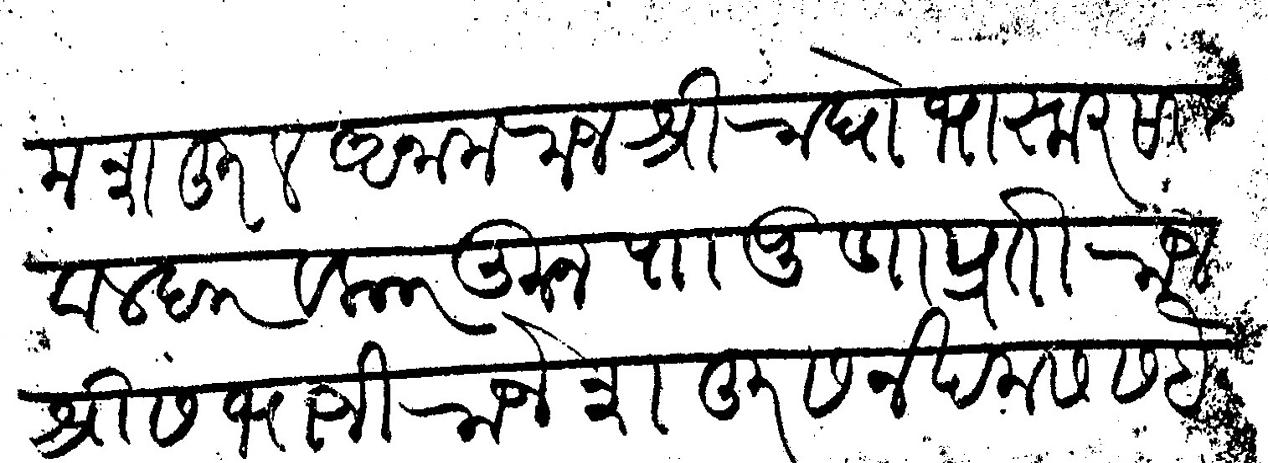
Transliteration (Devanagari): मशहूरल अनाम राजश्री राघो भास्कर सरहवालदार व कारकून पा पुणा प्रति राजश्री संभाजी राजे शहूर सन खमस सबैन